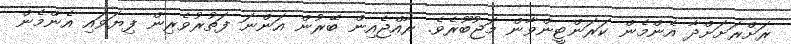
ރަށްރަށަށްދާ އެންމެން ކަރަންޓީންވާން މަޖުބޫރެވެ. ރާއްޖެއިން ބޭރުން އަންނަ ފަތުރުވެރިން ފިޔަވައި އެންމެން